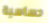
حساسية